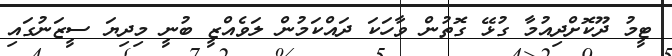
ޓީމު ދޫކޮށްދިއުމާ ގުޅޭ ގޮތުން ވާހަކަ ދައްކަމުން ލަވެއްޒީ ބުނީ މިދިޔަ ސީޒަނުގައި